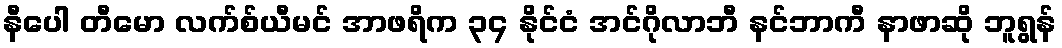
နီပေါ တီမော လက်စ်ယီမင် အာဖရိက ၃၄ နိုင်ငံ အင်ဂိုလာဘီ နင်ဘာကီ နာဖာဆို ဘူရွန်